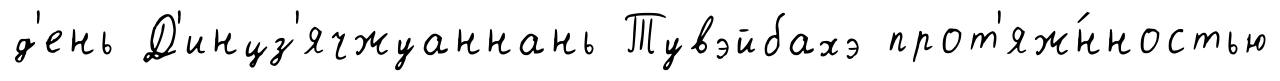
д'ень Д'инцз'ячжуаннань Тувэйбахэ прот'яж́нностью